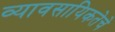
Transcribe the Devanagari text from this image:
व्यावसायिकतेचे